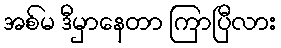
အစ်မ ဒီမှာနေတာ ကြာပြီလား